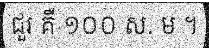
ជួរ គឺ ១០០ ស. ម ។